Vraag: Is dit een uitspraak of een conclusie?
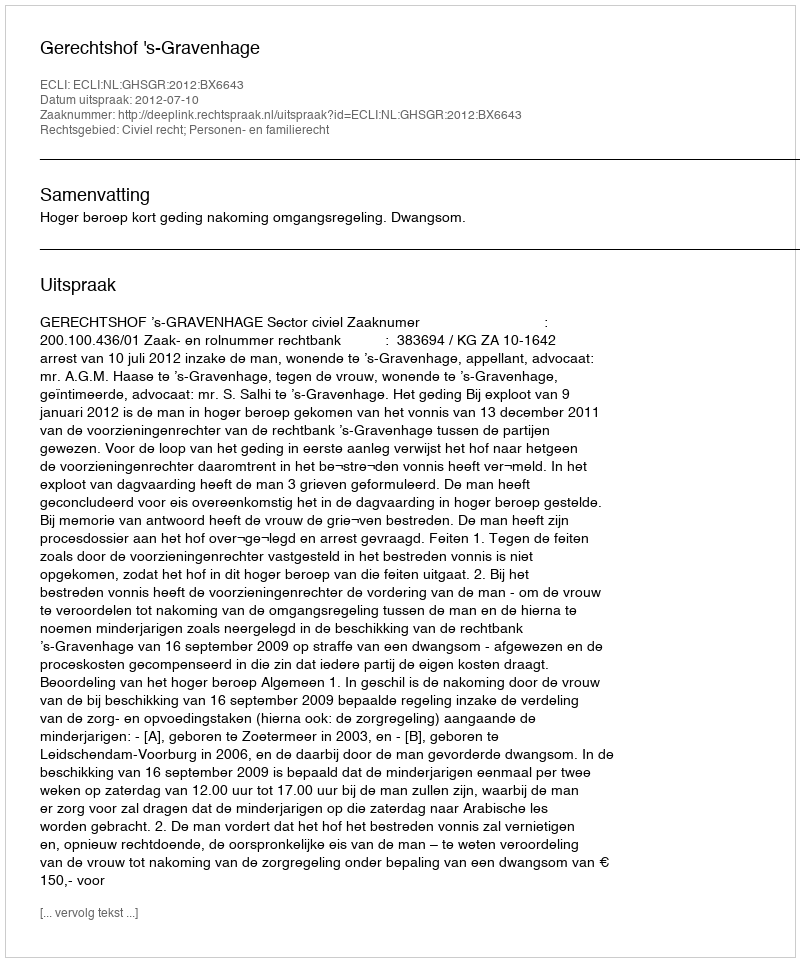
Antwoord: Uitspraak